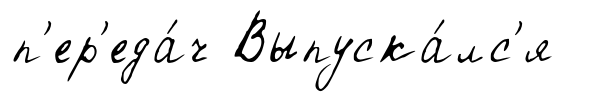
п'ер'еда́ч Выпуска́лс'я